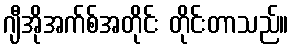
ဂျီအိုအက်စ်အတိုင်း တိုင်းတာသည်။